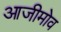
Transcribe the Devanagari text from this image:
आजीमोव